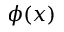
\phi ( x )